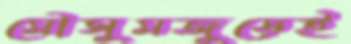
মৌসুমজুড়েই